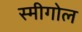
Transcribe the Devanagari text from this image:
स्मीगोल